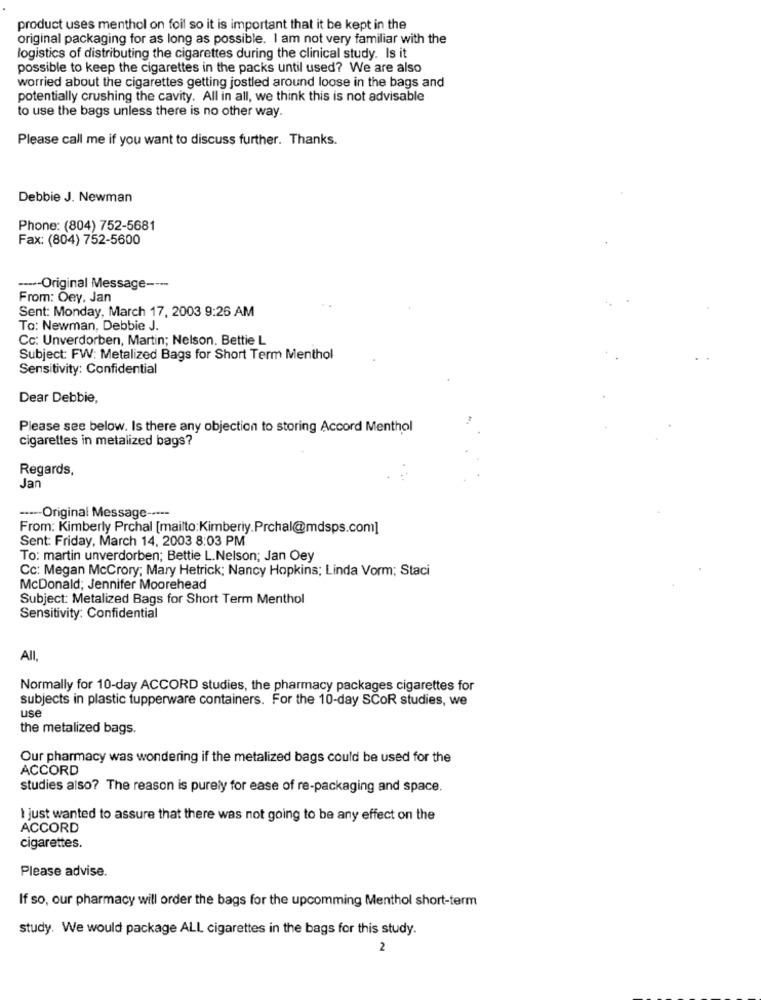
product uses menthol on foil so it is important that it be kept in the
original packaging for as long as possible. I am not very familiar with the
logistics of distributing the cigarettes during the clinical study. Is it
possible to keep the cigarettes in the packs until used? We are also
worried about the cigarettes getting jostled around loose in the bags and
potentially crushing the cavity. All in all, we think this is not advisable
to use the bags unless there is no other way.
Please call me if you want to discuss further. Thanks.
Debbie J. Newman
Phone: (804) 752-5681
Fax: (804) 752-5600
---- Original Message ---
From: Oey. Jan
Sent: Monday, March 17, 2003 9:26 AM
To: Newman, Debbie J.
Cc: Unverdorben, Martin; Nelson. Bettie L
Subject: FW: Metalized Bags for Short Term Menthol
Sensitivity: Confidential
Dear Debbie,
Please see below. Is there any objection to storing Accord Menthol
cigarettes in metalized bags?
Regards,
Jan
----- Original Message -----
From: Kimberly Prchal [mailto:Kimberly.Prchal@mdsps.com]
Sent: Friday, March 14, 2003 8:03 PM
To: martin unverdorben; Bettie L.Nelson; Jan Oey
Cc: Megan McCrory; Mary Hetrick; Nancy Hopkins; Linda Vorm; Staci
McDonald; Jennifer Moorehead
Subject: Metalized Bags for Short Term Menthol
Sensitivity: Confidential
All,
Normally for 10-day ACCORD studies, the pharmacy packages cigarettes for
subjects in plastic tupperware containers. For the 10-day SCOR studies, we
use
the metalized bags.
Our pharmacy was wondering if the metalized bags could be used for the
ACCORD
studies also? The reason is purely for ease of re-packaging and space.
I just wanted to assure that there was not going to be any effect on the
ACCORD
cigarettes.
Please advise.
If so, our pharmacy will order the bags for the upcomming Menthol short-term
study. We would package ALL cigarettes in the bags for this study.
2